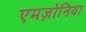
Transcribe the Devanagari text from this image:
एमज़ोनिया